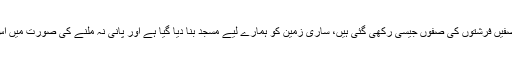
"ہمیں تمام انسانوں پر تین اعتبار سے فضیلت دی گئی ہے: ہماری صفیں فرشتوں کی صفوں جیسی رکھی گئی ہیں، ساری زمین کو ہمارے لیے مسجد بنا دیا گیا ہے اور پانی نہ ملنے کی صورت میں اس کی مٹی کو ہمارے لیے حصول طہارت کا ذریعہ بنا دیا گیا ہے"۔